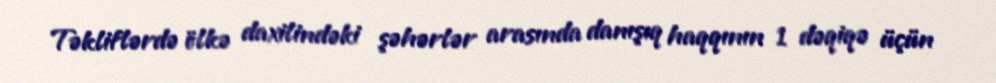
Təkliflərdə ölkə daxilindəki şəhərlər arasında danışıq haqqının 1 dəqiqə üçün